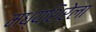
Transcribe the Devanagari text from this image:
मध्यशिरेला